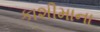
કાશીમાના